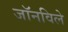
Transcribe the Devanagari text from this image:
जॉनविले